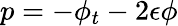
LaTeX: p=-\phi_{t}-2\epsilon\phi